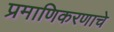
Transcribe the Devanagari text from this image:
प्रमाणिकरणाचे